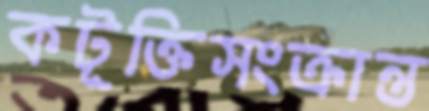
কটূক্তিসংক্রান্ত